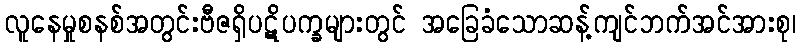
လူနေမှုစနစ်အတွင်းဗီဇရှိပဋိပက္ခများတွင် အခြေခံသောဆန့်ကျင်ဘက်အင်အားစု၊